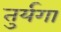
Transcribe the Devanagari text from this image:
तुर्यगा